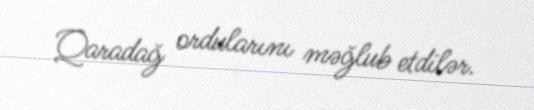
Qaradağ ordularını məğlub etdilər.